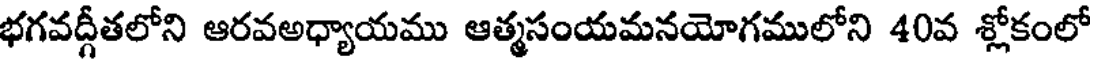
భగవద్గీతలోని ఆరవఅధ్యాయము ఆత్మసంయమనయోగములోని 40వ శ్లోకంలో